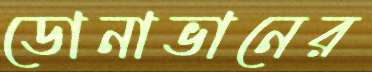
ডোনাভানের